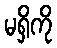
မရှိကို